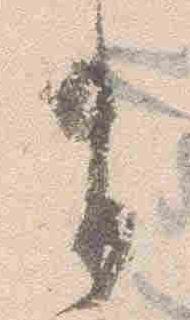
有